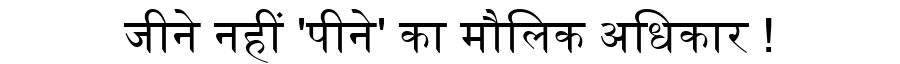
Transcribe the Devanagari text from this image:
जीने नहीं 'पीने' का मौलिक अधिकार !